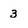
Character: 3